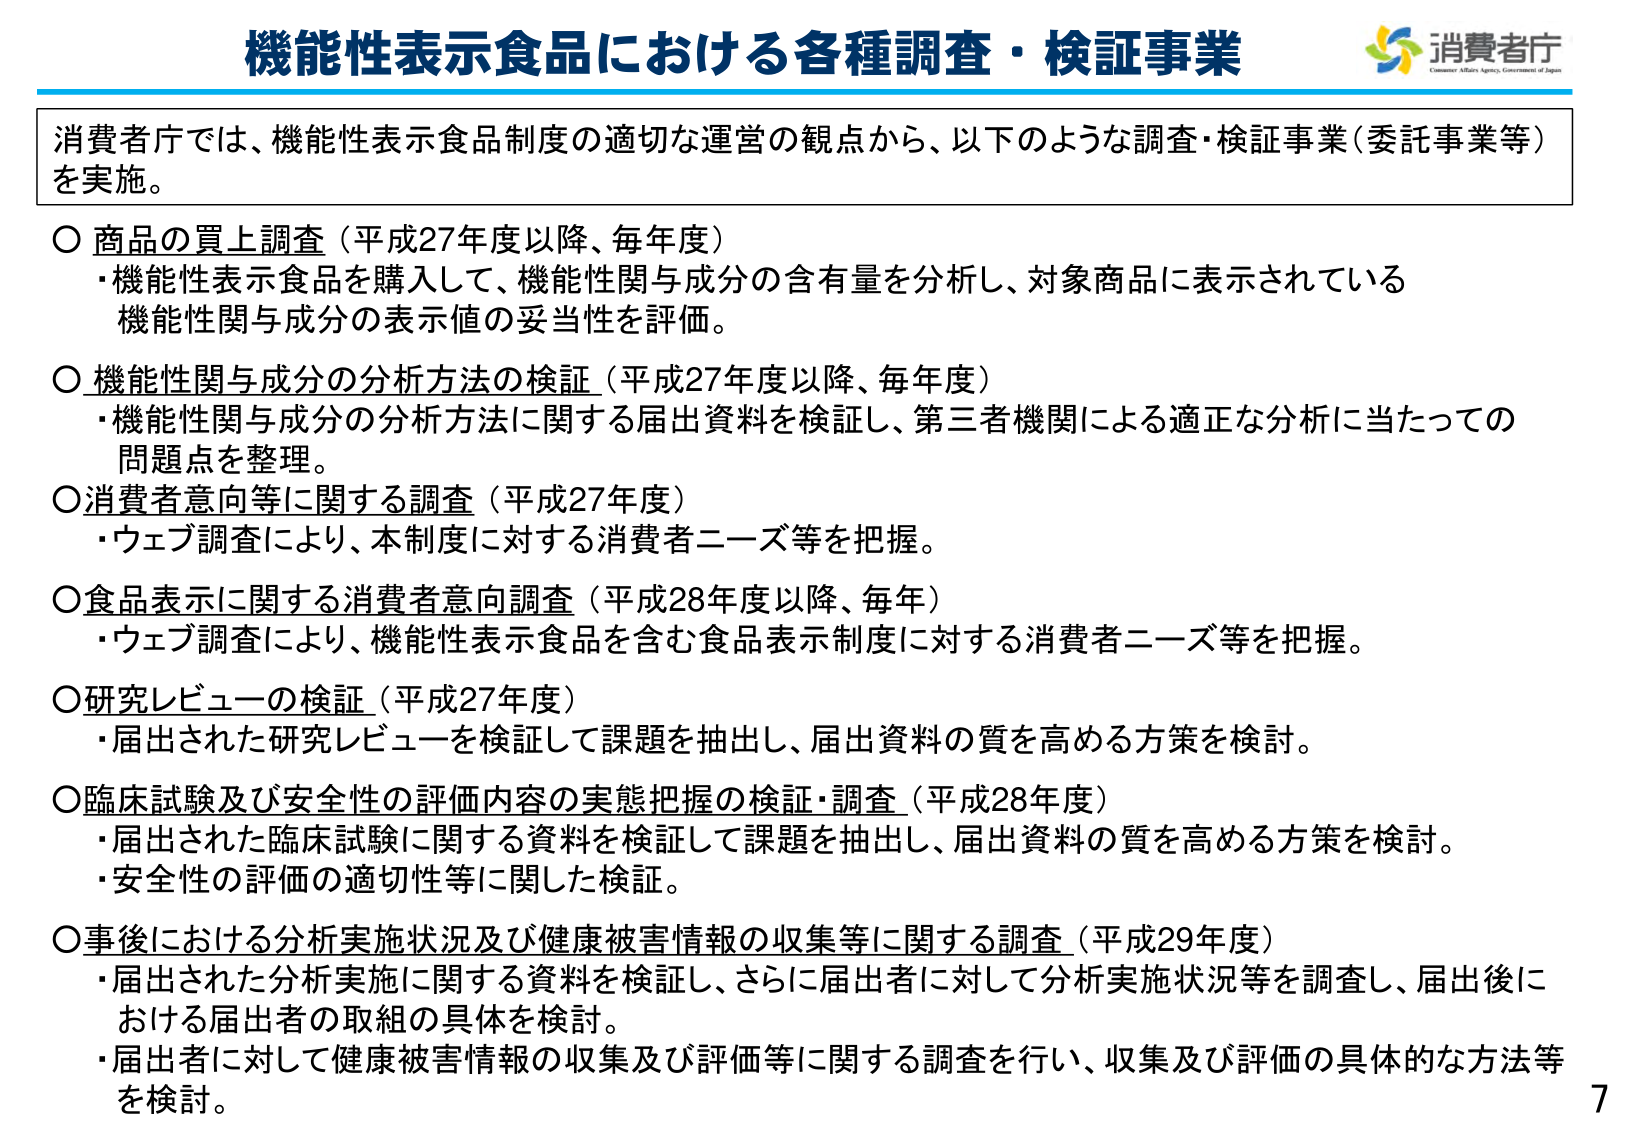
機能性表示食品における各種調査・検証事業
消費者庁
Consumer Affairs Agency, Government of Japan

消費者庁では、機能性表示食品制度の適切な運営の観点から、以下のような調査・検証事業（委託事業等）を実施。

○ 商品の買上調査（平成27年度以降、毎年度）
・機能性表示食品を購入して、機能性関与成分の含有量を分析し、対象商品に表示されている機能性関与成分の表示値の妥当性を評価。

○ 機能性関与成分の分析方法の検証（平成27年度以降、毎年度）
・機能性関与成分の分析方法に関する届出資料を検証し、第三者機関による適正な分析に当たっての問題点を整理。

○ 消費者意向等に関する調査（平成27年度）
・ウェブ調査により、本制度に対する消費者ニーズ等を把握。

○ 食品表示に関する消費者意向調査（平成28年度以降、毎年）
・ウェブ調査により、機能性表示食品を含む食品表示制度に対する消費者ニーズ等を把握。

○ 研究レビューの検証（平成27年度）
・届出された研究レビューを検証して課題を抽出し、届出資料の質を高める方策を検討。

○ 臨床試験及び安全性の評価内容の実態把握の検証・調査（平成28年度）
・届出された臨床試験に関する資料を検証して課題を抽出し、届出資料の質を高める方策を検討。
・安全性の評価の適切性等に関した検証。

○ 事後における分析実施状況及び健康被害情報の収集等に関する調査（平成29年度）
・届出された分析実施に関する資料を検証し、さらに届出者に対して分析実施状況等を調査し、届出後における届出者の取組の具体を検討。
・届出者に対して健康被害情報の収集及び評価等に関する調査を行い、収集及び評価の具体的な方法等を検討。

7